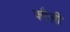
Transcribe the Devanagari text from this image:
क्वैली